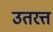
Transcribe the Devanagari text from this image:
उतरत्त